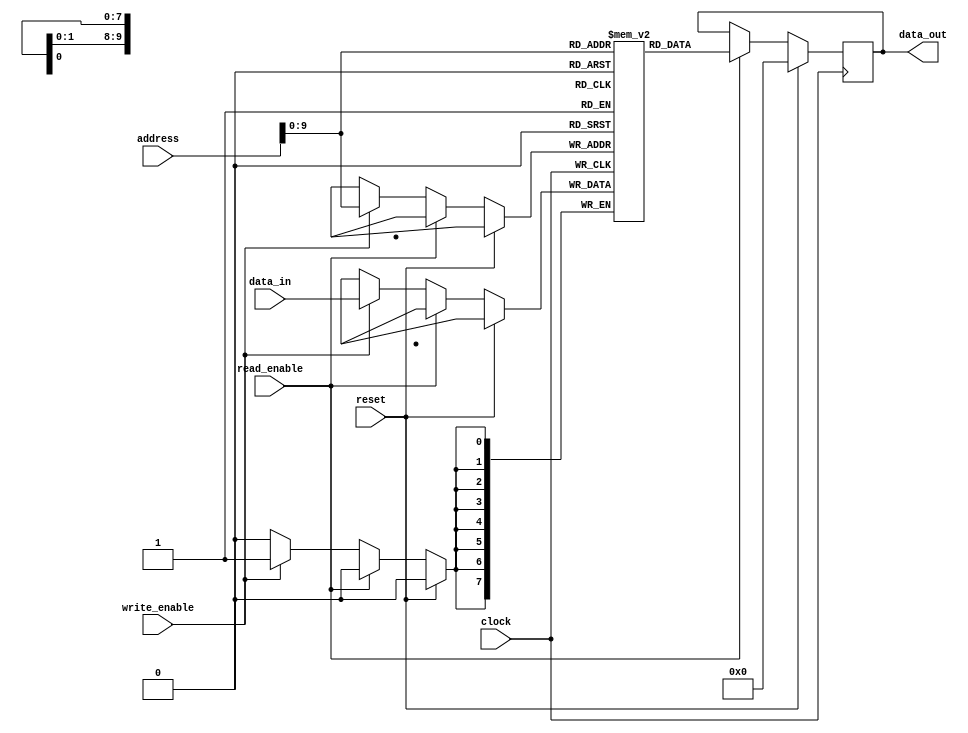
module mram (
    input wire clock,
    input wire reset,
    input wire read_enable,
    input wire write_enable,
    input wire [15:0] address,
    input wire [7:0] data_in,
    output reg [7:0] data_out
);

parameter NUM_CELLS = 1024; // Number of memory cells
reg [7:0] memory [0:NUM_CELLS-1]; // Memory array

always @(posedge clock) begin
    if (reset) begin
        data_out <= 8'h00;
    end else begin
        if (read_enable) begin
            data_out <= memory[address];
        end else if (write_enable) begin
            memory[address] <= data_in;
        end
    end
end

endmodule